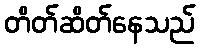
တိတ်ဆိတ်နေသည်